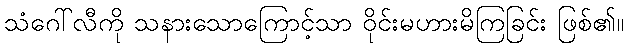
သံဂေါ်လီကို သနားသောကြောင့်သာ ဝိုင်းမဟားမိကြခြင်း ဖြစ်၏။